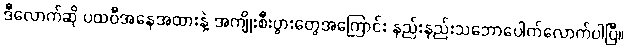
ဒီလောက်ဆို ပထဝီအနေအထားနဲ့ အကျိုးစီးပွားတွေအကြောင်း နည်းနည်းသဘောပေါက်လောက်ပါပြီ။